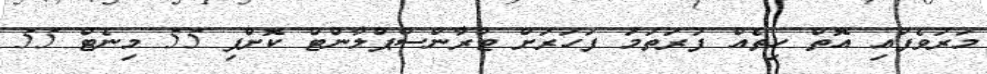
މަރުވެފައި އޮތް ހިތެއް ފުރަތަމަ ފަހަރަށް ޓްރާންސްޕްލާންޓް ކޮށްފި 55 މިނެޓް 55